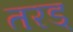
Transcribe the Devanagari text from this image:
तरड्